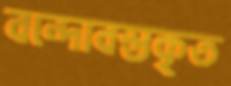
বন্দোবস্তকৃত